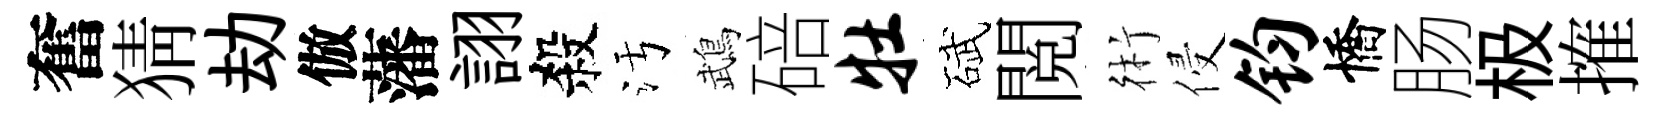
奮猜劫倣藩詡殺污鵡碚牡碔閲術侵钧憍肠极搉